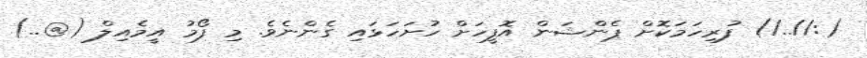
(://../) ފުރިހަމަކޮށް ޕެންޝަން އޮފީހަށް ހުށަހަޅައި ގެންނެވެ. މި ފޯމު އީމެއިލް (@..)